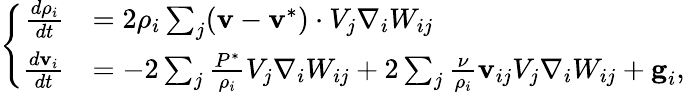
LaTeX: \left\{ \begin{array}{rl}{\frac{d\rho_{i}}{dt}}&{=2{\rho_{i}}\sum_{j}(\textbf{v}-\textbf{v}^{*})\cdot V_{j}\nabla_{i}W_{ij}}\\ {\frac{d\textbf{v}_{i}}{dt}}&{=-2\sum_{j}\frac{{P}^{*}}{\rho_{i}}V_{j}\nabla_{i}W_{ij}+2\sum_{j}\frac{\nu}{\rho_{i}}\textbf{v}_{ij}V_{j}\nabla_{i}W_{ij}+\textbf{g}_{i},}\end{array}\right.